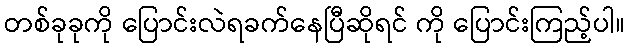
တစ်ခုခုကို ပြောင်းလဲရခက်နေပြီဆိုရင် ကို ပြောင်းကြည့်ပါ။